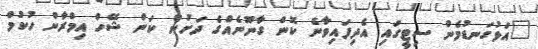
"އަޅުގަނޑުމެން ސިޓީގައި އެދިފައިވާނެ ކޮން ގާނޫނެއްގެ ދަށުން ކަން ޝޭހް އިމްރާން ހުކުމް